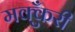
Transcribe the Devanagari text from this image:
मक्कुँरी